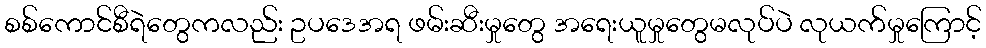
စစ်ကောင်စီရဲတွေကလည်း ဥပဒေအရ ဖမ်းဆီးမှုတွေ အရေးယူမှုတွေမလုပ်ပဲ လုယက်မှုကြောင့်